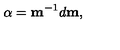
{ \bf \alpha } = { \bf m } ^ { - 1 } d { \bf m } ,